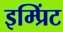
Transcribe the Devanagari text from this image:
इम्‍प्रिंट